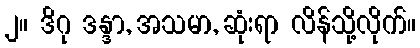
၂။ ဒိဂု ဒန္ဒာ, အသမာ, ဆုံးရာ လိန်သို့လိုက်။